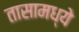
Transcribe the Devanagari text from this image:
तासामध्ये